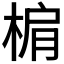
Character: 𣓖